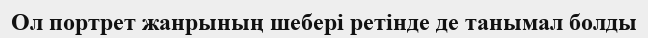
Ол портрет жанрының шебері ретінде де танымал болды